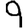
Digit: 9